Scottish Leaving Certificate Examination, 1952
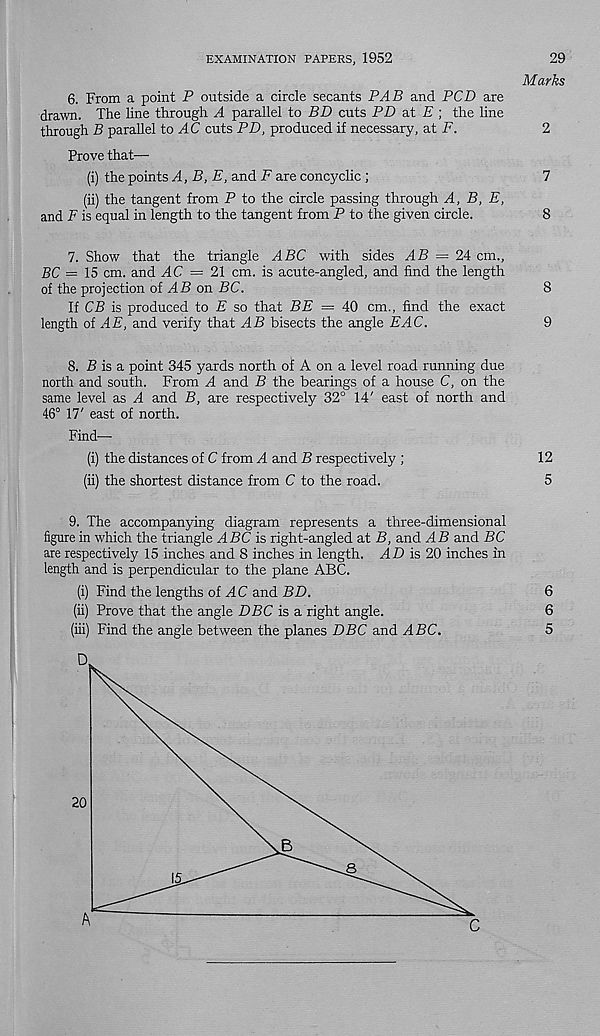
EXAMINATION PAPERS, 1952
29
Marks
6. From a point P outside a circle secants PAB and PCD are
drawn. The line through A parallel to BD cuts PD at E ; the line
through B parallel to AC cuts PD, produced if necessary, at F.
2
Prove that—
(i) the points A, B,E, and F are coneyclic ;
7
(ii) the tangent from P to the circle passing through A, B, E,
and F is equal in length to the tangent from P to the given circle.
8
7. Show that the triangle ABC with sides AB = 24 cm.,
BC = 15 cm. and AC = 21 cm. is acute-angled, and find the length
of the projection of AB on BC.
8
If CB is produced to E so that BE = 40 cm., find the exact
length of AE, and verify that AB bisects the angle EAC.
9
8. S is a point 345 yards north of A on a level road running due
north and south. From A and B the bearings of a house C, on the
same level as A and B, are respectively 32° 14' east of north and
46° 17' east of north.
Find—■
(i) the distances of C from A and B respectively ;
12
(ii) the shortest distance from C to the road.
5
9. The accompanying diagram represents a three-dimensional
figure in which the triangle ABC is right-angled at B, and AS and BC
are respectively 15 inches and 8 inches in length. riZ) is 20 inches in
length and is perpendicular to the plane ABC.
(i) Find the lengths of AC and BD.
6
(ii) Prove that the angle BBC is a right angle.
6
(iii) Find the angle between the planes DBC and ABC.
5